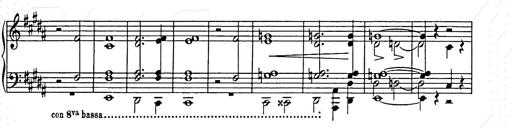
Title: Unstern!
Composer: Franz Liszt